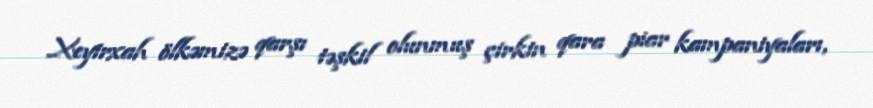
Xeyirxah ölkəmizə qarşı təşkil olunmuş çirkin qara piar kampaniyaları,